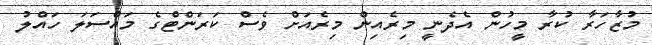
މުޒާހަރާ ކުރާ މީހުން އެދެނީ މިރެއިން މިރެއަށް ވެސް ކަރަންޓްގެ މައްސަލަ ހައްލު